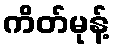
ကိတ်မုန့်